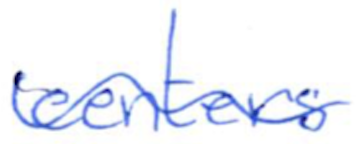
Text: centers
Cross-out: wave
Writing tool: ballpoint